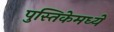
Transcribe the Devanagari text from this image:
पुस्तिकेमध्ये